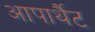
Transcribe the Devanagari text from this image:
आपार्थैट